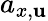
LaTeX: a_{x,\mathbf{u}}